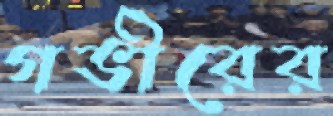
গভীরের